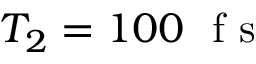
T _ { 2 } = 1 0 0 ~ \mathrm { ~ f ~ s ~ }